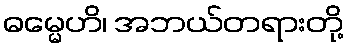
ဓမ္မေဟိ၊ အဘယ်တရားတို့